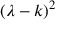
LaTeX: \ ( \lambda - k ) ^ { 2 }